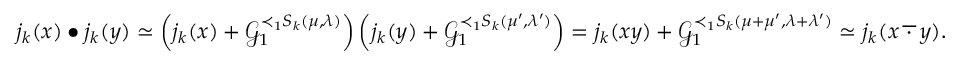
j _ { k } ( x ) \bullet j _ { k } ( y ) \simeq \left( j _ { k } ( x ) + \mathcal { G } _ { 1 } ^ { \prec _ { 1 } S _ { k } ( \mu , \lambda ) } \right) \left( j _ { k } ( y ) + \mathcal { G } _ { 1 } ^ { \prec _ { 1 } S _ { k } ( \mu ^ { \prime } , \lambda ^ { \prime } ) } \right) = j _ { k } ( x y ) + \mathcal { G } _ { 1 } ^ { \prec _ { 1 } S _ { k } ( \mu + \mu ^ { \prime } , \lambda + \lambda ^ { \prime } ) } \simeq j _ { k } ( x \, \overline { { \, \cdot \, } } \, y ) .